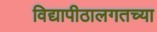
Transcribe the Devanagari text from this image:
विद्यापीठालगतच्या